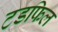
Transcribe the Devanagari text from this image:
टडफिल